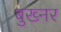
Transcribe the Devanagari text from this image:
बुख्नर